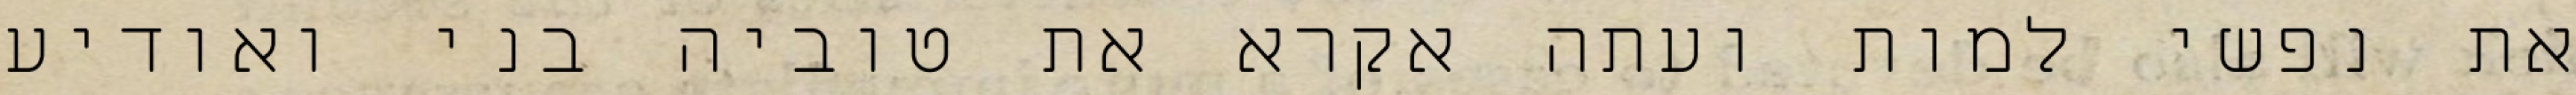
את נפשי למות ועתה אקרא את טוביה בני ואודיע